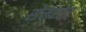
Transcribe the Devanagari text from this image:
सेमस्टर